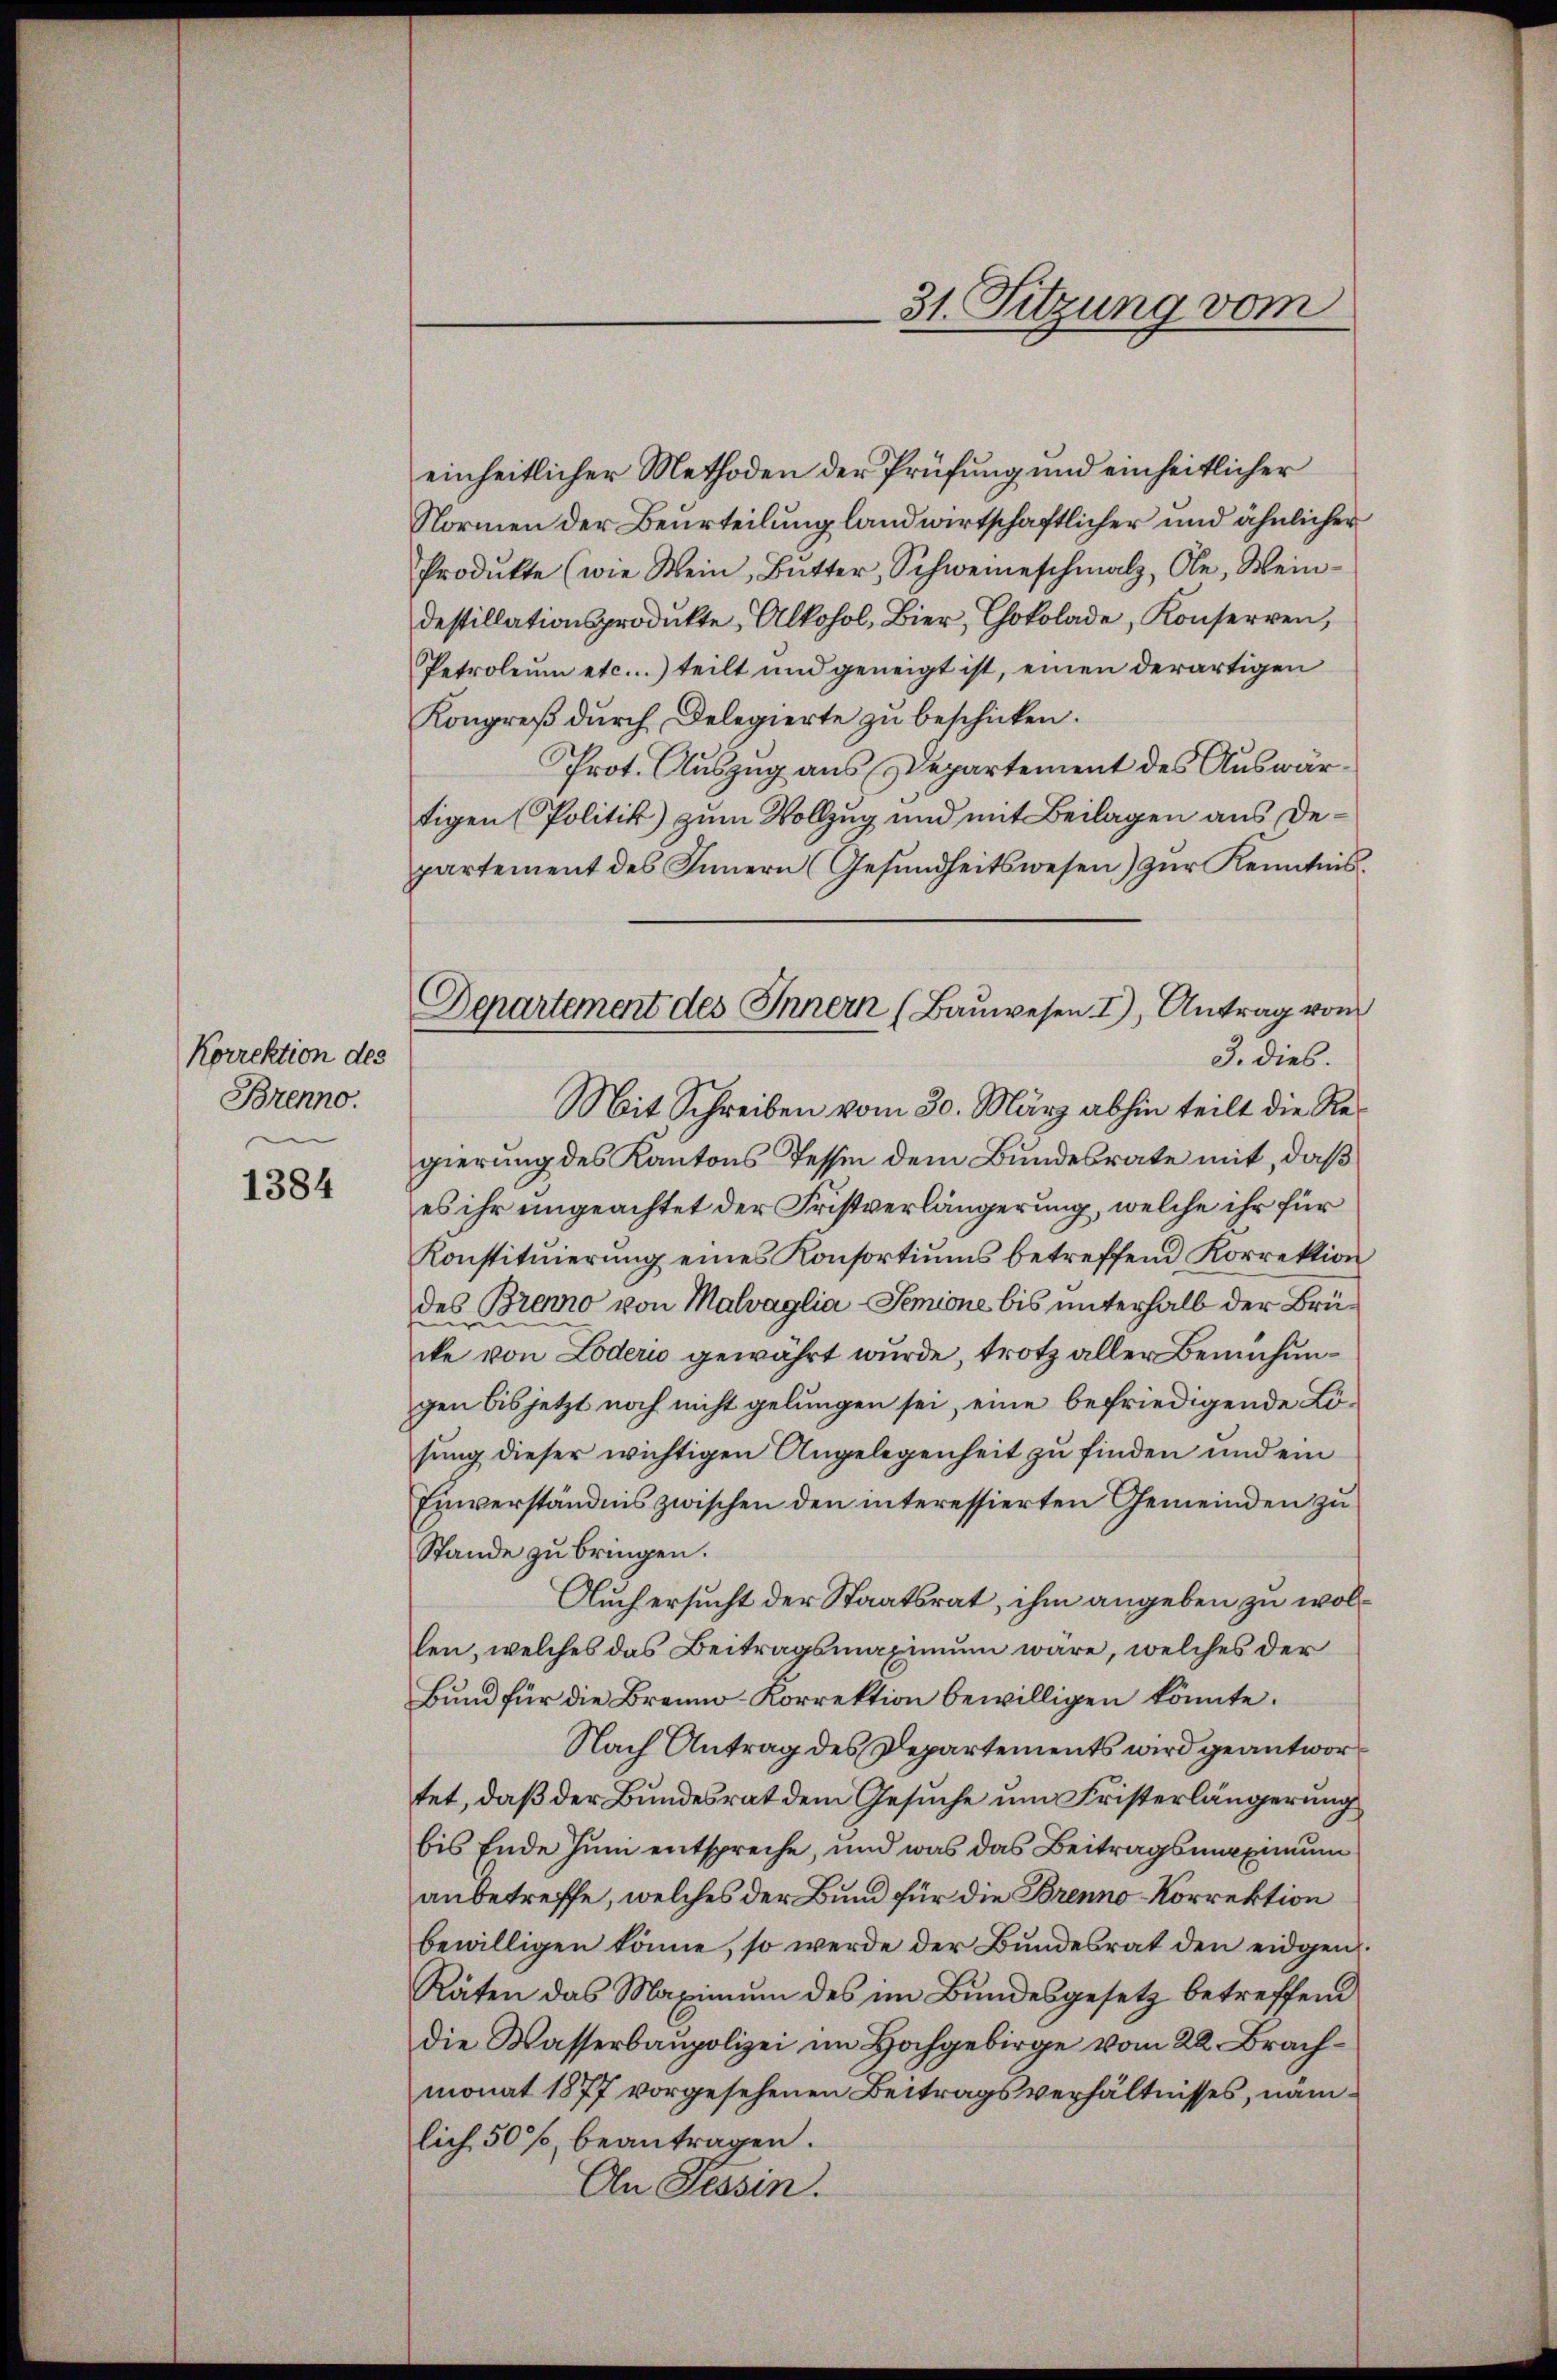
Korrektion des
Brenno.

1384

Departement des Innern (Bauwesen. I), Antrag von
Mit Schreiben vom 30. März abhin teilt die Re¬

31. Sitzung vom

einheitlicher Methoden der Prüfung und einheitlicher
Normen der Beurteilung landwirtschaftlicher und ähnlicher
Produkte (wie Mein Bŭtter, Schweineschmalz, Ole, Wein-
destillationsprodukte Alkohol, Bier, Chokolade, Konserven,
Petroleum etc...) teilt und geneigt ist, einen derartigen
Kongreβ dŭrch Delegierte zu beschicken.
Prot. Auszug aus Departement des Auswärtigen (Politik) zum Vollzug und mit Beilagen aus Departement des Innern (Gesŭndheitswesen) zŭr Kenntnis.
3. dies.
gierung des Kantons Tessin dem Bundesrate mit, daß
es ihr ungeachtet der Fristverlängerung, welche ihr für
Konstituierung eines Konsortiums betreffend Korrektion
des Brenno von Malvaglia-Semione bis unterhalb der Brücke von Löderio gewährt wurde, trotz aller Bemühungen bis jetzt noch nicht gelungen sei, eine befriedigende Lösung dieser wichtigen Angelegenheit zu finden und ein
Einverständnis zwischen den interessierten Gemeinden zu
Stande zu bringen.
Auch ersucht der Staatsrat, ihm angeben zu wollen, welches das Beitragsmaximum wäre, welches der
Bund für die Brenno-Korrektion bewilligen könnte.
Nach Antrag des Departements wird geantwor
tet, daß der Bundesrat dem Gesuche um Fristerlängerung
bis Ende Juni entspreche, und was das Beitragsmaximum
anbetreffe, welches der Bund für die Brenno-Korrektion
bewilligen könne, so werde der Bundesrat den eidgen.
Räten das Maximum des im Bundesgesetz betreffend
die Wasserbaupolizei im Hochgebirge vom 22. Brachmonat 1877 vorgesehenen Beitragsverhältnisses, nämlich 50% beantragen.
An Tessin.